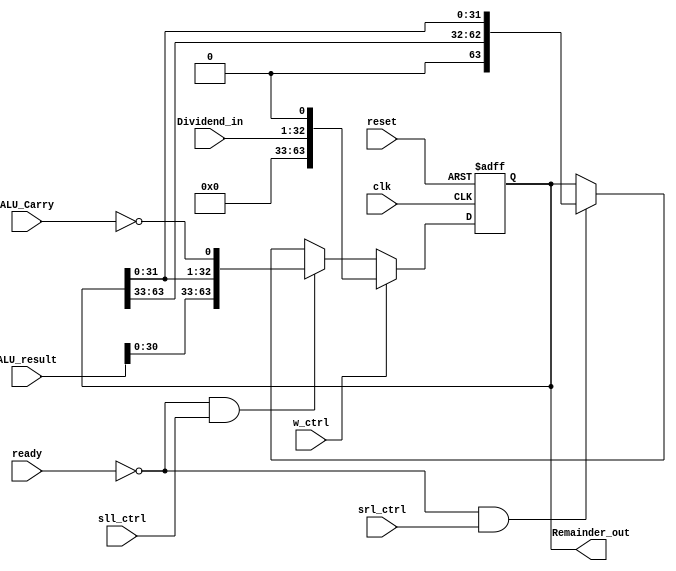
module Remainder (
    input [31:0] ALU_result,
    input [31:0] Dividend_in,
    input ALU_Carry,srl_ctrl,sll_ctrl,w_ctrl,ready,reset,clk,
    output reg[63:0] Remainder_out
);

    always @(posedge clk or posedge reset) begin
        if (reset == 1) begin
            Remainder_out = 64'b0;
        end
        else if (w_ctrl == 1) begin
            Remainder_out[63:0] = {31'd0,Dividend_in[31:0],1'b0};
        end
        else if (ready == 0 && sll_ctrl == 1) begin
            Remainder_out = {ALU_result[30:0],Remainder_out[31:0],~ALU_Carry};
        end
        else if (ready == 0 && srl_ctrl == 1) begin
            Remainder_out = {1'b0,Remainder_out[63:33],Remainder_out[31:0]};
        end
    end
endmodule